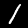
Digit: 1